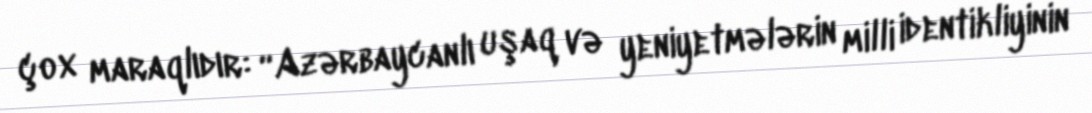
çox maraqlıdır: “Azərbaycanlı uşaq və yeniyetmələrin milli identikliyinin